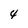
Character: 4